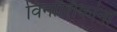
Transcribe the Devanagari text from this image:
विनाशिकांना